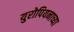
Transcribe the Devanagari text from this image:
युरोपियनाच्या